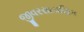
જીવરસાયણિક